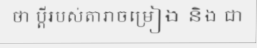
ថា ប្តីរបស់តារាចម្រៀង និង ជា